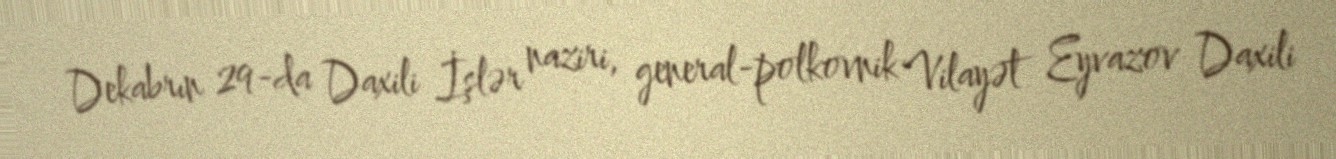
Dekabrın 29-da Daxili İşlər naziri, general-polkovnik Vilayət Eyvazov Daxili